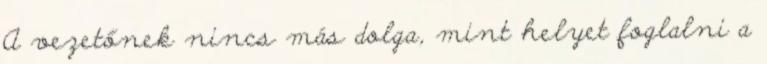
A vezetőnek nincs más dolga, mint helyet foglalni a